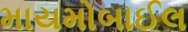
માયમોબાઈલ